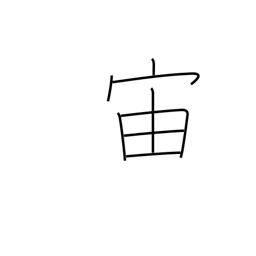
Meaning: interval of time